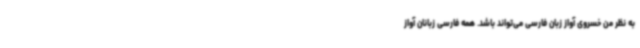
به نظر من خسروی آواز زبان فارسی می‌تواند باشد. همه فارسی زبانان آواز